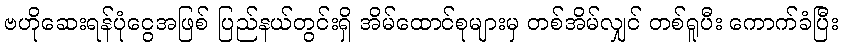
ဗဟိုဆေးရန်ပုံငွေအဖြစ် ပြည်နယ်တွင်းရှိ အိမ်ထောင်စုများမှ တစ်အိမ်လျှင် တစ်ရူပီး ကောက်ခံပြီး